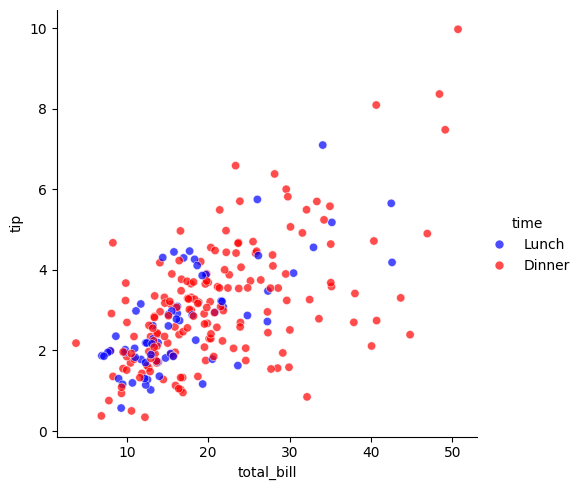
python, seaborn, relplot, alpha=0.7